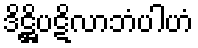
ဒိဋ္ဌိပဋိလာဘံပါဟံ